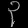
Digit: ၃